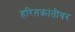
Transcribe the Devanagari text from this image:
हरितक्रांतीवर